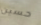
حسين